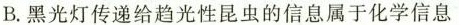
B.黑光灯传递给趋光性昆虫的信息属于化学信息